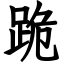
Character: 跪